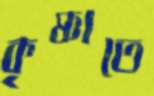
কৃষ্ণাতে